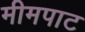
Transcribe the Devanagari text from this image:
मीमपाट